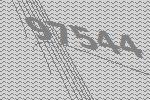
97544